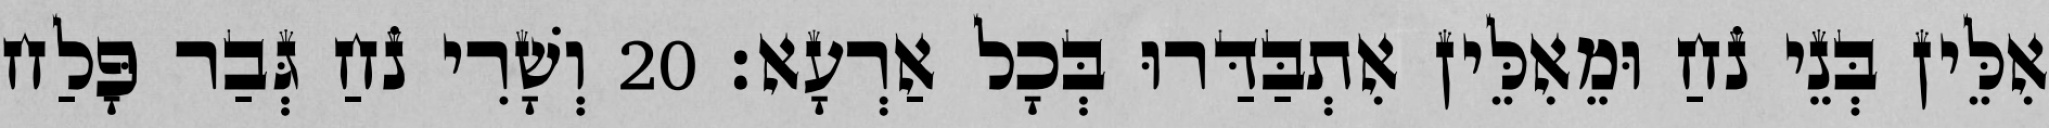
אִלֵּין בְּנֵי נֹחַ וּמֵאִלֵּין אִתְבַּדַּרוּ בְּכָל אַרְעָא׃ 20 וְשָׁרִי נֹחַ גְּבַר פָּלַח